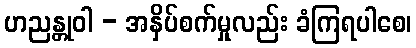
ဟညန္တုဝါ - အနှိပ်စက်မှုလည်း ခံကြရပါစေ၊